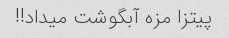
پیتزا مزه آبگوشت میداد!!